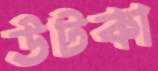
উটকা